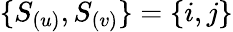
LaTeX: \{ S_{(u)},S_{(v)}\} =\{ i,j\}